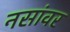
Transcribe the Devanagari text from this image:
नसांवर